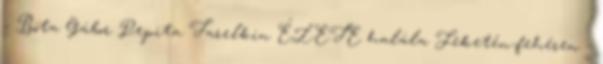
- Bóta Gábor Pepita Tarelkin ÉLETE halála Feketén-fehéren -